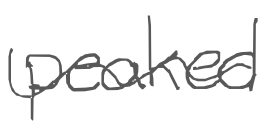
Text: peaked
Cross-out: wave
Writing tool: digital_gray